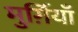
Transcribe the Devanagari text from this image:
मुर्ग़ियाँ